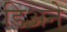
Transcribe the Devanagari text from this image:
डिअने